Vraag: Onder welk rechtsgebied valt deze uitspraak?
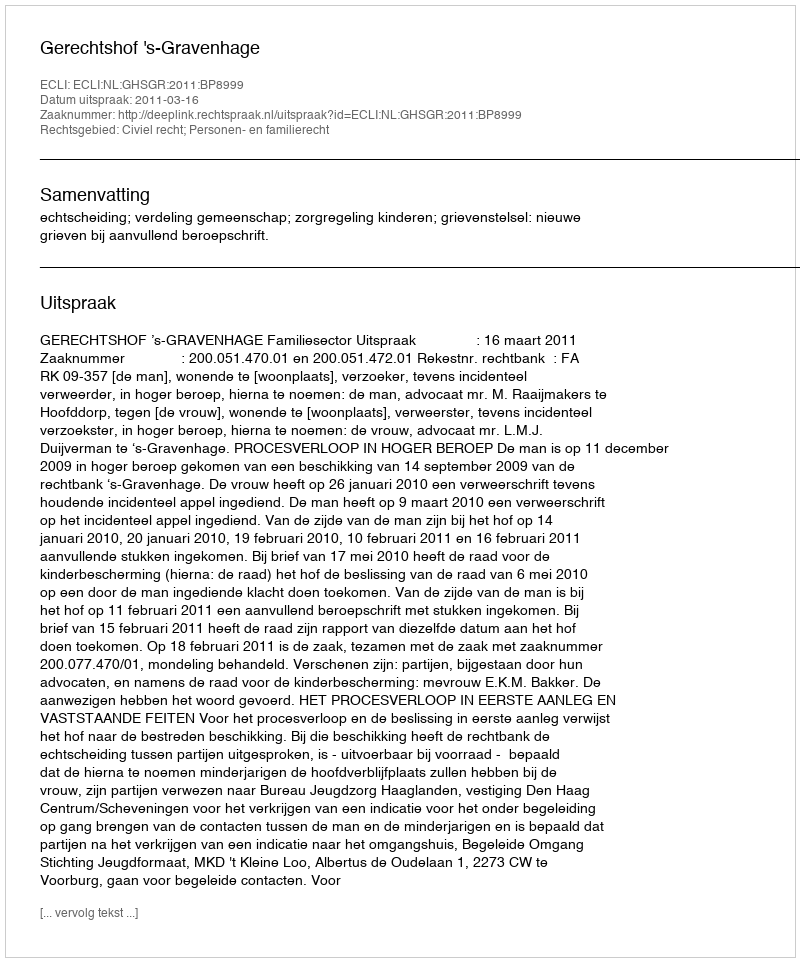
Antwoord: Civiel recht; Personen- en familierecht